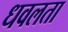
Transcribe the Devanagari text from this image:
धवलता